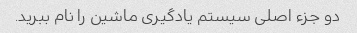
دو جزء اصلی سیستم یادگیری ماشین را نام ببرید.